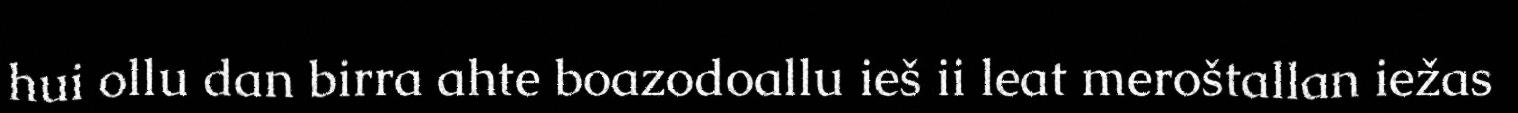
hui ollu dan birra ahte boazodoallu ieš ii leat meroštallan iežas